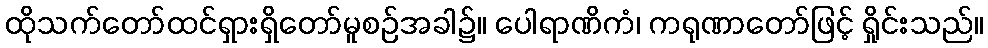
ထိုသက်တော်ထင်ရှားရှိတော်မူစဉ်အခါ၌။ ပေါရာဏိကံ၊ ကရုဏာတော်ဖြင့် ရှိုင်းသည်။